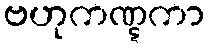
ဗဟုကဏ္ဋကာ